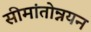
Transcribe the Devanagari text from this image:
सीमांतोन्नयन